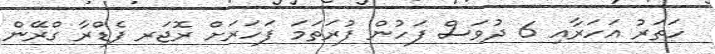
ހަތަރު އަހަރާއި 6 ދުވަސް ފަހުން ފުރަތަމަ ފަހަރަށް ރޮޖަރ ފެޑްރާ ގްރޭން